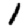
Digit: 1